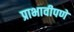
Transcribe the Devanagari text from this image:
प्राभावीपणे